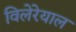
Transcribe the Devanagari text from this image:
विलेरेयाल